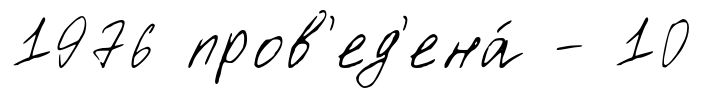
1976 пров'ед'ена́ - 10